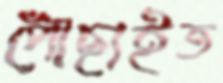
পৌঁছাইত